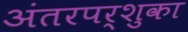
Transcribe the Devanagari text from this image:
अंतरपर्शुका